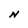
Character: N